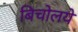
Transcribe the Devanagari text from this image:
बिचोलये